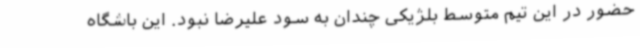
حضور در این تیم متوسط بلژیکی چندان به سود علیرضا نبود. این باشگاه